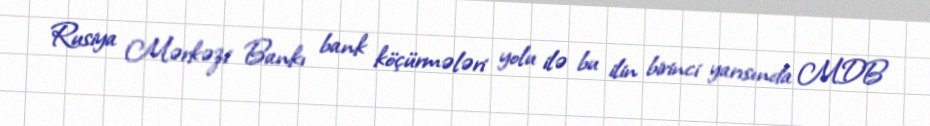
Rusiya Mərkəzi Bankı bank köçürmələri yolu ilə bu ilin birinci yarısında MDB